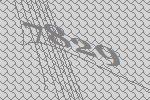
7829